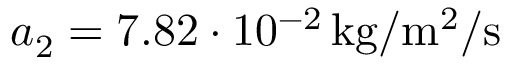
a _ { 2 } = 7 . 8 2 \cdot 1 0 ^ { - 2 } \, \mathrm { k g / m ^ { 2 } / s }